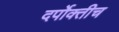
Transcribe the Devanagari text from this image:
दर्पोक्तीच